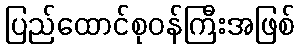
ပြည်ထောင်စုဝန်ကြီးအဖြစ်